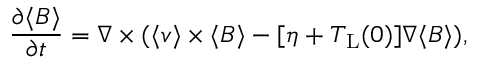
\frac { \partial \langle \boldsymbol { B } \rangle } { \partial t } = \boldsymbol { \nabla } \times ( \langle \boldsymbol { v } \rangle \times \langle \boldsymbol { B } \rangle - [ \eta + T _ { \mathrm { L } } ( 0 ) ] \nabla \langle \boldsymbol { B } \rangle ) ,